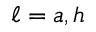
\ell = a , h